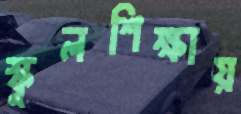
স্কুলশিক্ষায়